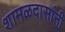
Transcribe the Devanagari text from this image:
शामळदासांनी